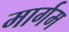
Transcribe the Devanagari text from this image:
मार्गम